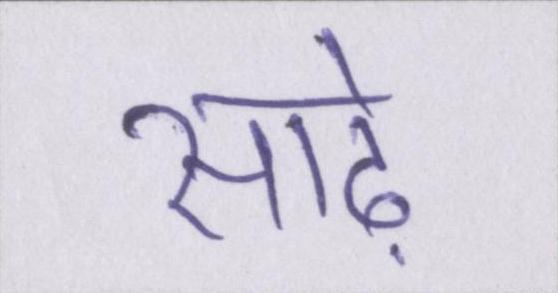
साढ़े